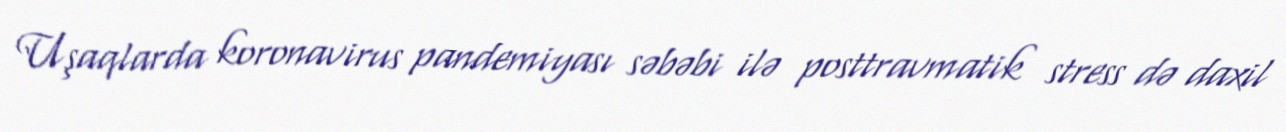
Uşaqlarda koronavirus pandemiyası səbəbi ilə posttravmatik stress də daxil